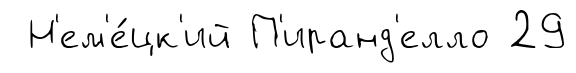
Н'ем'е́цк'ий П'иранд'елло 29